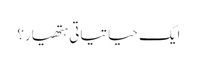
ایک حیاتیاتی ہتھیار؟